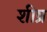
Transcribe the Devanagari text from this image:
शीष्र